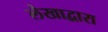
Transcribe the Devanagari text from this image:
लेखाद्वारा